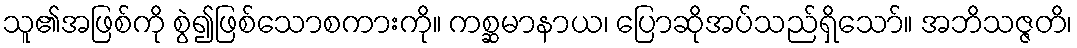
သူ၏အဖြစ်ကို စွဲ၍ဖြစ်သောစကားကို။ ကစ္ဆမာနာယ၊ ပြောဆိုအပ်သည်ရှိသော်။ အဘိသဇ္ဇတိ၊